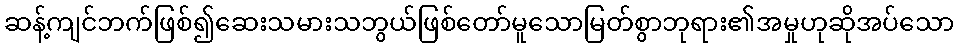
ဆန့်ကျင်ဘက်ဖြစ်၍ဆေးသမားသဘွယ်ဖြစ်တော်မူသောမြတ်စွာဘုရား၏အမှုဟုဆိုအပ်သော